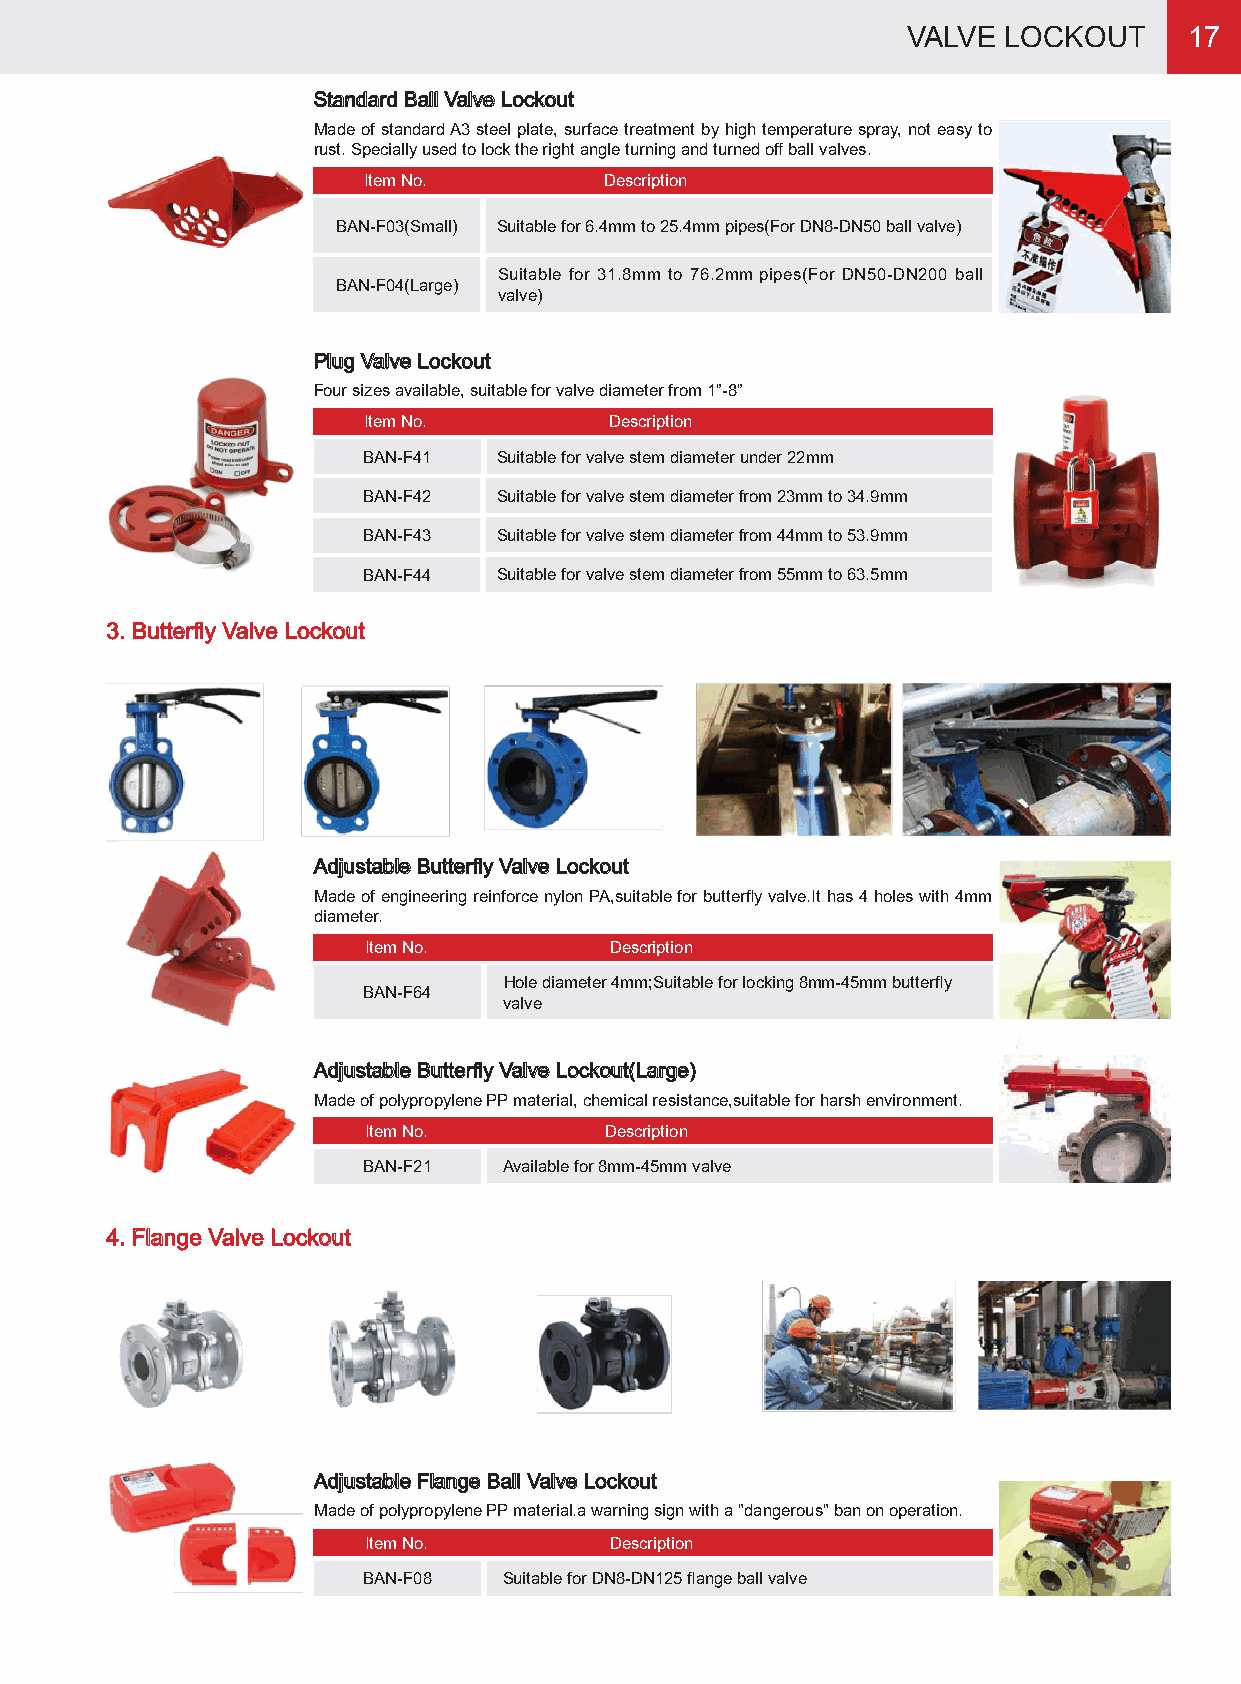
VALVE LOCKOUT      17
 Standard Ball Valve Lockout
 Made of standard A3 steel plate, surface treatment by high temperature spray, not easy to
 rust. Specially used to lock the right angle turning and turned off ball valves.
 Item No.        Description
 BAN-F03(Small) Suitable for 6.4mm to 25.4mm pipes(For DN8-DN50 ball valve)
 Suitable for 31.8mm to 76.2mm pipes(For DN50-DN200 ball
 BAN-F04(Large)
 valve)
 Plug Valve Lockout
 Four sizes available, suitable for valve diameter from 1”-8”
 Item No.        Description
 BAN-F41  Suitable for valve stem diameter under 22mm
 BAN-F42  Suitable for valve stem diameter from 23mm to 34.9mm
 BAN-F43  Suitable for valve stem diameter from 44mm to 53.9mm
 BAN-F44  Suitable for valve stem diameter from 55mm to 63.5mm
 3. Butterfly Valve Lockout
 Adjustable Butterfly Valve Lockout
 Made of engineering reinforce nylon PA,suitable for butterfly valve.It has 4 holes with 4mm
 diameter.
 Item No.        Description
 Hole diameter 4mm;Suitable for locking 8mm-45mm butterfly
 BAN-F64
 valve
 Adjustable Butterfly Valve Lockout(Large)
 Made of polypropylene PP material, chemical resistance,suitable for harsh environment.
 Item No.        Description
 BAN-F21  Available for 8mm-45mm valve
 4. Flange Valve Lockout
 Adjustable Flange Ball Valve Lockout
 Made of polypropylene PP material.a warning sign with a "dangerous" ban on operation.
 Item No.        Description
 BAN-F08  Suitable for DN8-DN125 flange ball valve